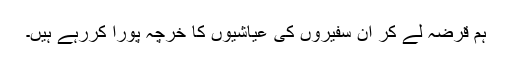
ہم قرضہ لے کر ان سفیروں کی عیاشیوں کا خرچہ پورا کررہے ہیں۔